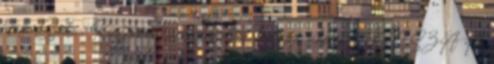
titok. Szabi: Köszönöm a beszélgetést, további sikereket VISSZA A